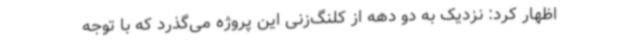
اظهار کرد: نزدیک به دو دهه از کلنگ‌زنی این پروژه می‌گذرد که با توجه